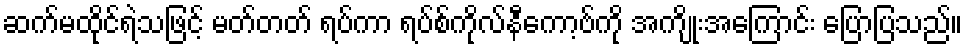
ဆက်မထိုင်ရဲသဖြင့် မတ်တတ် ရပ်ကာ ရပ်စ်ကိုလ်နီကော့ဗ်ကို အကျိုးအကြောင်း ပြောပြသည်။